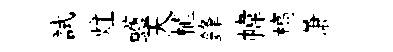
試炷蠖天植鋒幃槁萧